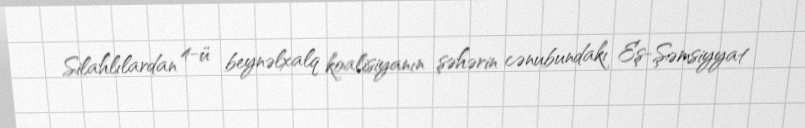
Silahlılardan 4-ü beynəlxalq koalisiyanın şəhərin cənubundakı Eş-Şəmsiyyat